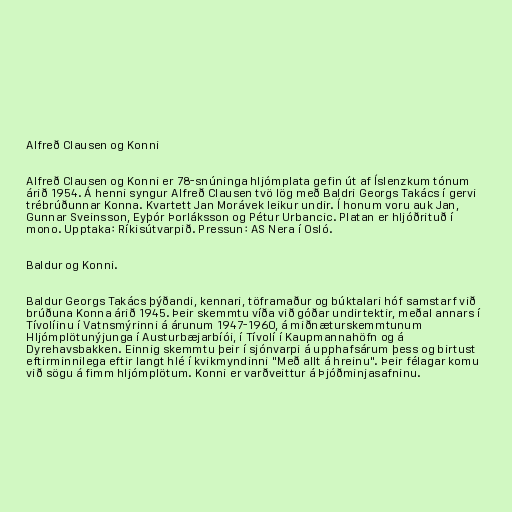
Alfreð Clausen og Konni

Alfreð Clausen og Konni er 78-snúninga hljómplata gefin út af Íslenzkum tónum
árið 1954. Á henni syngur Alfreð Clausen tvö lög með Baldri Georgs Takács í gervi
trébrúðunnar Konna. Kvartett Jan Morávek leikur undir. Í honum voru auk Jan,
Gunnar Sveinsson, Eyþór Þorláksson og Pétur Urbancic. Platan er hljóðrituð í
mono. Upptaka: Ríkisútvarpið. Pressun: AS Nera í Osló.

Baldur og Konni.

Baldur Georgs Takács þýðandi, kennari, töframaður og búktalari hóf samstarf við
brúðuna Konna árið 1945. Þeir skemmtu víða við góðar undirtektir, meðal annars í
Tívolíinu í Vatnsmýrinni á árunum 1947-1960, á miðnæturskemmtunum
Hljómplötunýjunga í Austurbæjarbíói, í Tívolí í Kaupmannahöfn og á
Dyrehavsbakken. Einnig skemmtu þeir í sjónvarpi á upphafsárum þess og birtust
eftirminnilega eftir langt hlé í kvikmyndinni "Með allt á hreinu". Þeir félagar komu
við sögu á fimm hljómplötum. Konni er varðveittur á Þjóðminjasafninu.